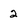
Character: 2